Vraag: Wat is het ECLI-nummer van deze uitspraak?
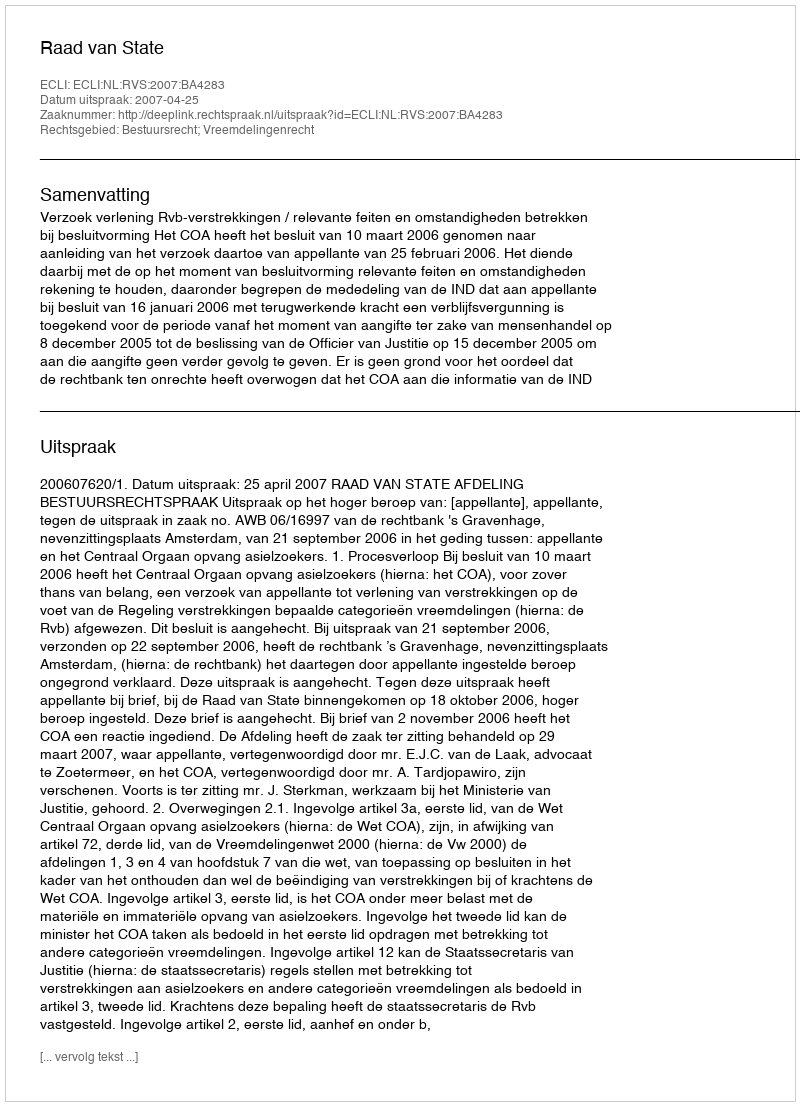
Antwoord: ECLI:NL:RVS:2007:BA4283